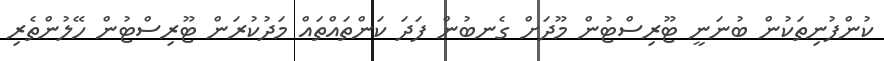
ކުންފުނިތަކުން ބުނަނީ ޓޫރިސްޓުން މޫދަށް ގެނބުން ފަދަ ކަންތައްތައް މަދުކުރަން ޓޫރިސްޓުން ހޭލުންތެރި